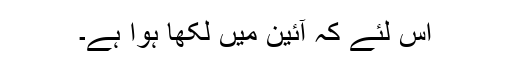
اس لئے کہ آئین میں لکھا ہوا ہے۔